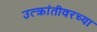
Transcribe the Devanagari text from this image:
उत्क्रांतीवरच्या